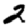
Digit: 2